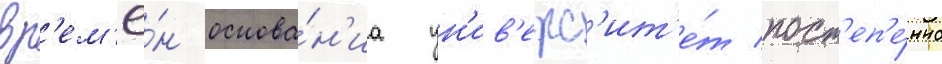
вр'ем'ё́н основа́н'иа ун'ив'ерс'ит'е́т пост'еп'е́нно